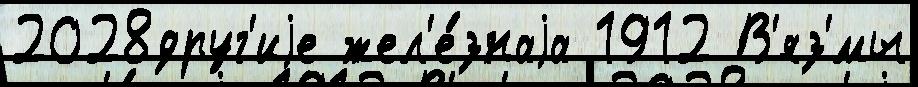
2028друг'иjе жел'е́знаjа 1912 В'яз'́мы